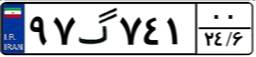
۹۷گ۷۴۱۰۰